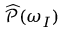
\widehat { \mathcal { P } } ( \omega _ { I } )